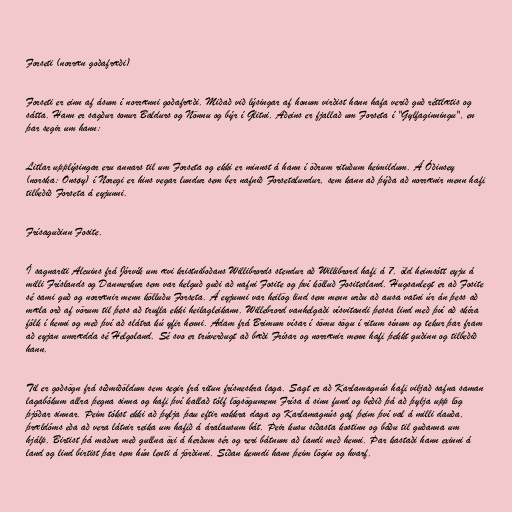
Forseti (norræn goðafræði)

Forseti er einn af ásum í norrænni goðafræði. Miðað við lýsingar af honum virðist hann hafa verið guð réttlætis og
sátta. Hann er sagður sonur Baldurs og Nönnu og býr í Glitni. Aðeins er fjallað um Forseta í "Gylfaginningu", en
þar segir um hann:

Litlar upplýsingar eru annars til um Forseta og ekki er minnst á hann í öðrum rituðum heimildum. Á Óðinsey
(norska: Onsøy) í Noregi er hins vegar lundur sem ber nafnið Forsetalundur, sem kann að þýða að norrænir menn hafi
tilbeðið Forseta á eyjunni.

Frísaguðinn Fosite.

Í sagnariti Alcuins frá Jórvík um ævi kristniboðans Willibrords stendur að Willibrord hafi á 7. öld heimsótt eyju á
milli Fríslands og Danmerkur sem var helguð guði að nafni Fosite og því kölluð Fositesland. Hugsanlegt er að Fosite
sé sami guð og norrænir menn kölluðu Forseta. Á eyjunni var heilög lind sem menn urðu að ausa vatni úr án þess að
mæla orð af vörum til þess að trufla ekki heilagleikann. Willebrord vanhelgaði vísvitandi þessa lind með því að skíra
fólk í henni og með því að slátra kú yfir henni. Adam frá Brimum vísar í sömu sögu í ritum sínum og tekur þar fram
að eyjan umrædda sé Helgoland. Sé svo er trúverðugt að bæði Frísar og norrænir menn hafi þekkt guðinn og tilbeðið
hann.

Til er goðsögn frá síðmiðöldum sem segir frá ritun frísneskra laga. Sagt er að Karlamagnús hafi viljað safna saman
lagabókum allra þegna sinna og hafi því kallað tólf lögsögumenn Frísa á sinn fund og beðið þá að þylja upp lög
þjóðar sinnar. Þeim tókst ekki að þylja þau eftir nokkra daga og Karlamagnús gaf þeim því val á milli dauða,
þrældóms eða að vera látnir reika um hafið á áralausum bát. Þeir kusu síðasta kostinn og báðu til guðanna um
hjálp. Birtist þá maður með gullna öxi á herðum sér og reri bátnum að landi með henni. Þar kastaði hann exinni á
land og lind birtist þar sem hún lenti á jörðinni. Síðan kenndi hann þeim lögin og hvarf.